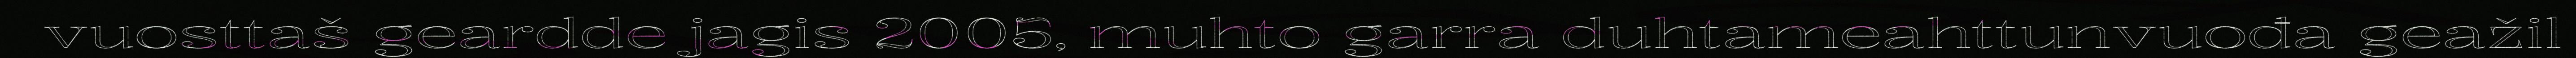
vuosttaš geardde jagis 2005, muhto garra duhtameahttunvuođa geažil